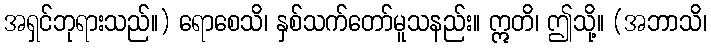
အရှင်ဘုရားသည်။) ရောစေသိ၊ နှစ်သက်တော်မူသနည်း။ ဣတိ၊ ဤသို့။ (အဘာသိ၊